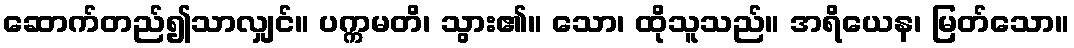
ဆောက်တည်၍သာလျှင်။ ပက္ကမတိ၊ သွား၏။ သော၊ ထိုသူသည်။ အရိယေန၊ မြတ်သော။